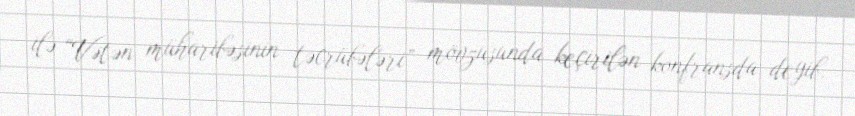
ilə “Vətən müharibəsinin təcrübələri” mövzusunda keçirilən konfransda deyib.